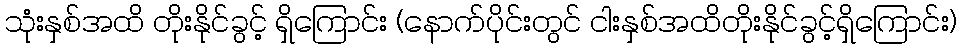
သုံးနှစ်အထိ တိုးနိုင်ခွင့် ရှိကြောင်း (နောက်ပိုင်းတွင် ငါးနှစ်အထိတိုးနိုင်ခွင့်ရှိကြောင်း)